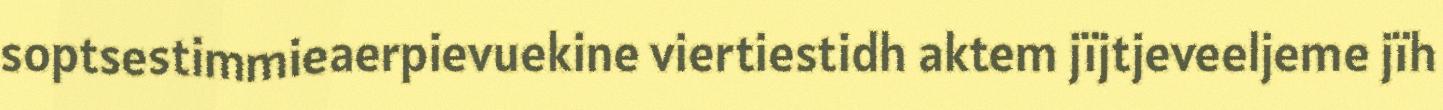
soptsestimmieaerpievuekine viertiestidh aktem jïjtjeveeljeme jïh